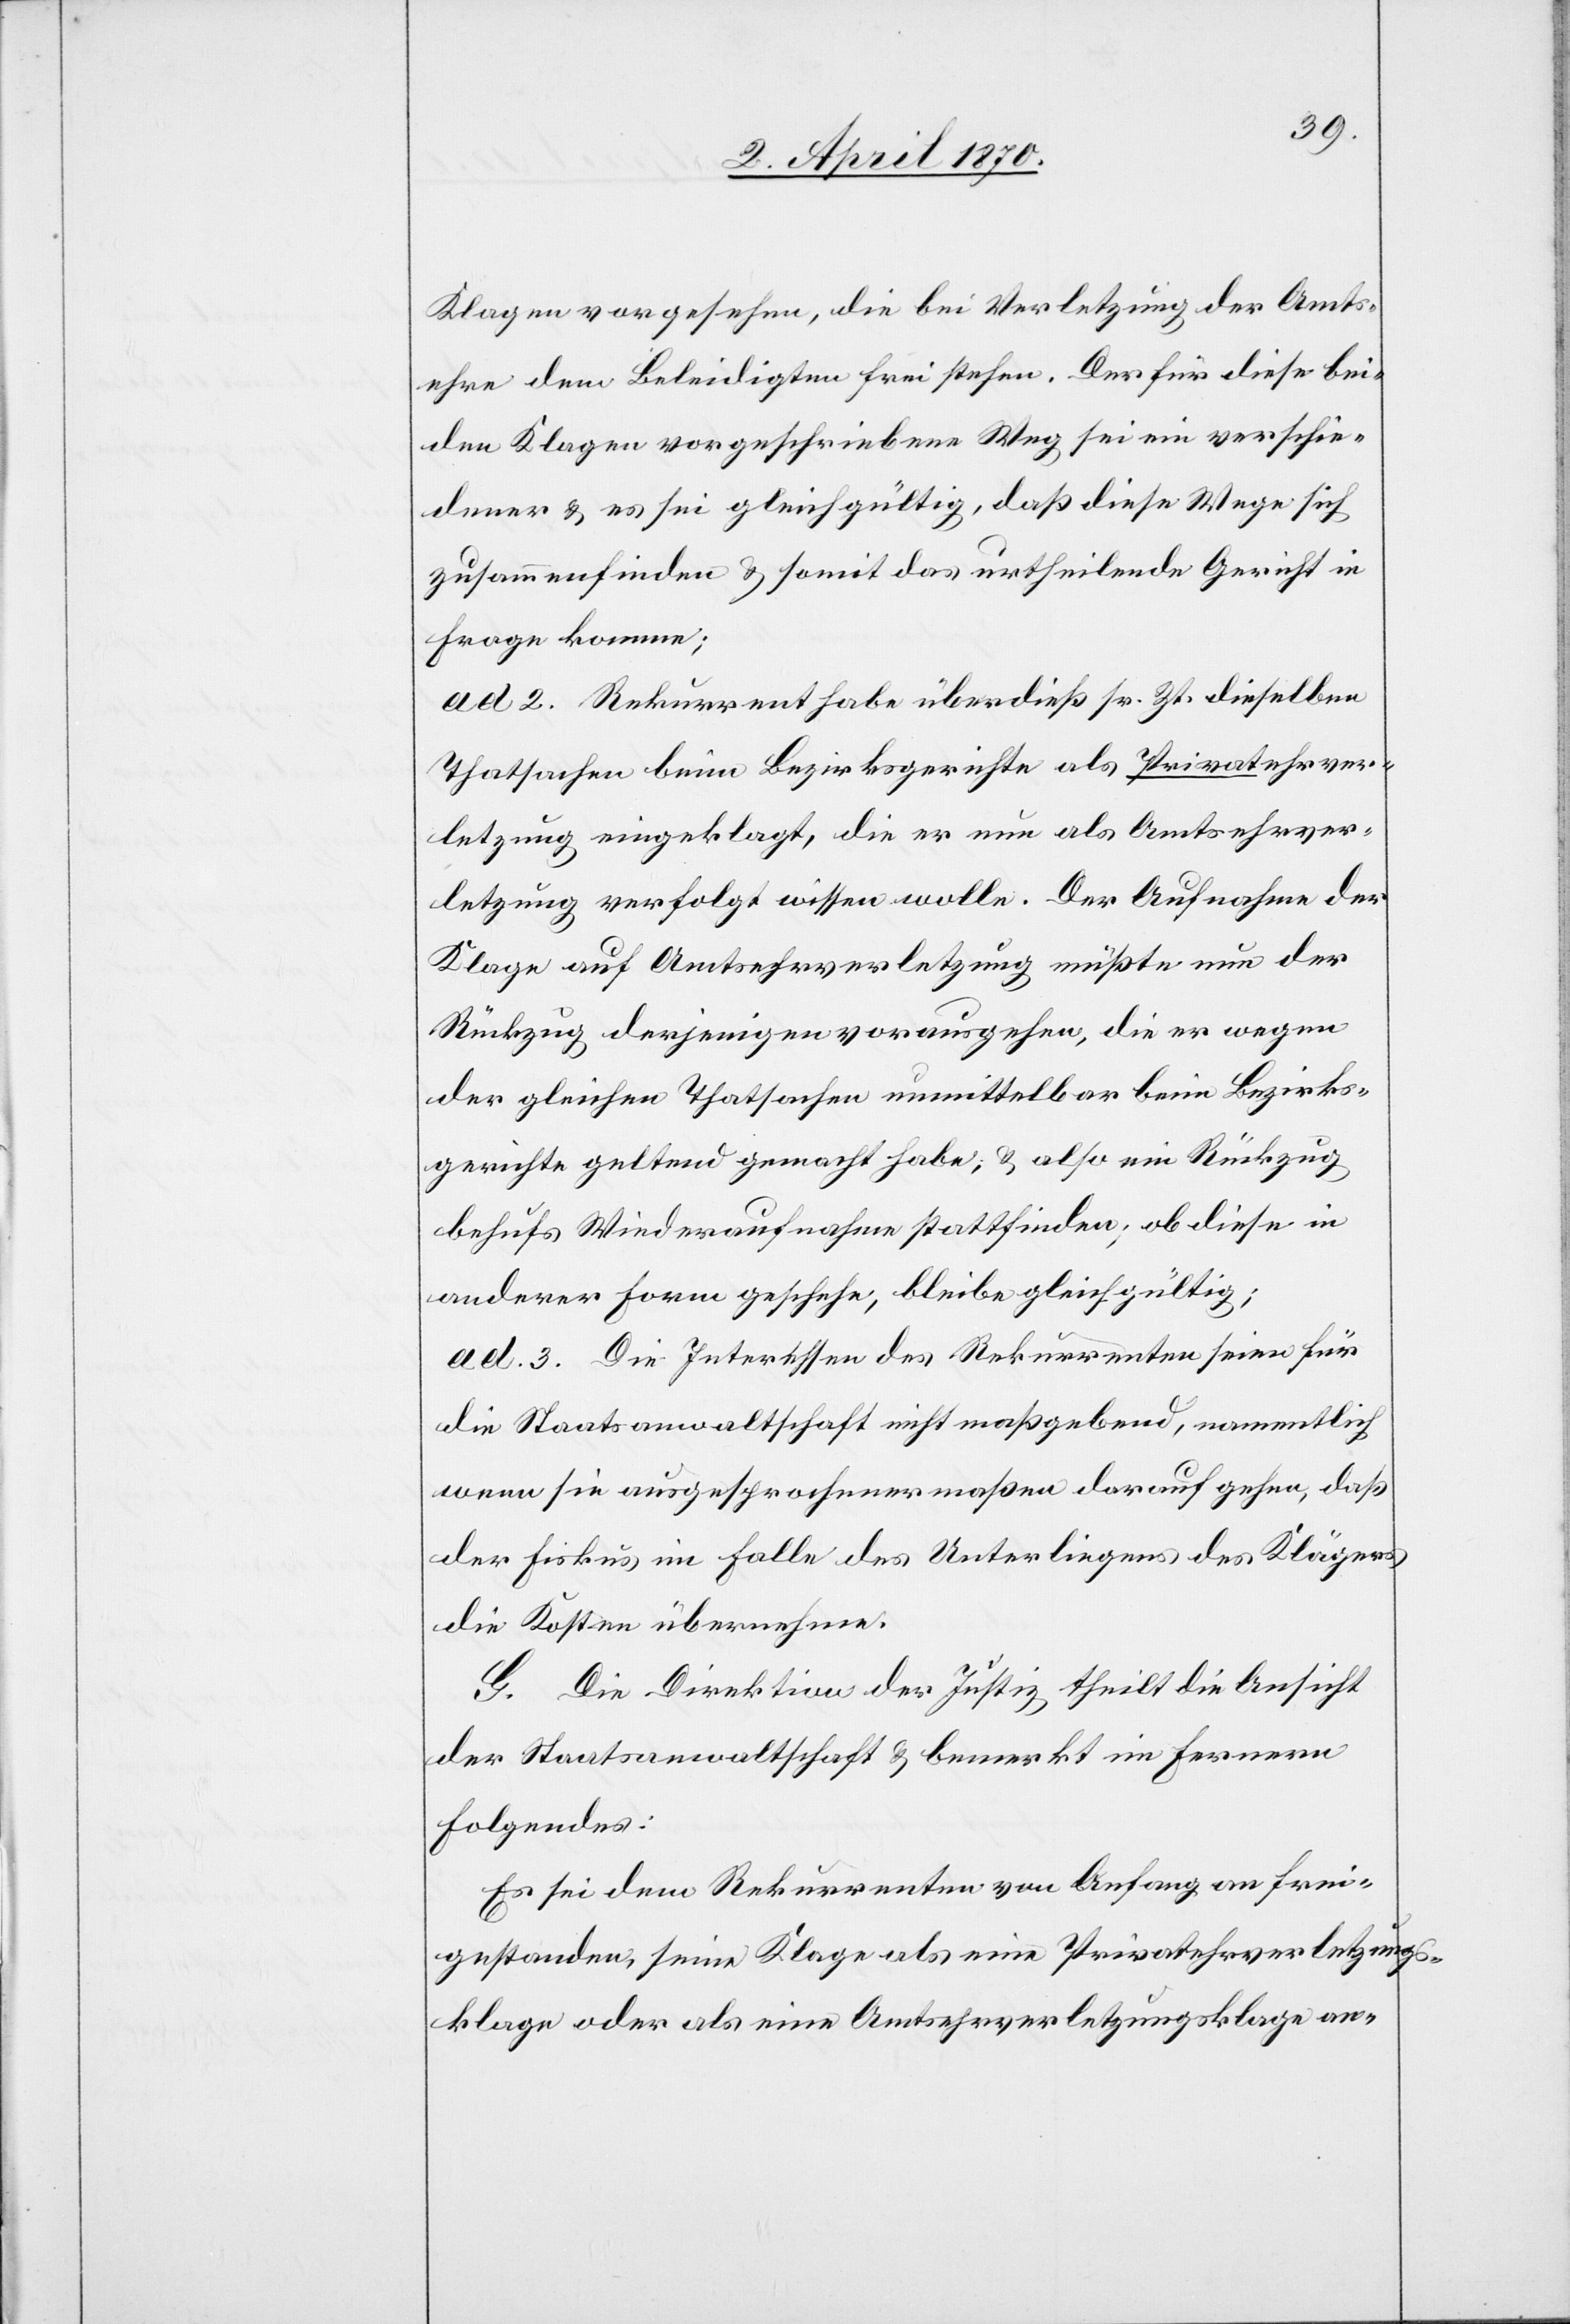
Klagen vorgesehen, die bei Verletzung der Amts¬
ehre dem Beleidigten freistehen. Der für diese bei¬
den Klagen vorgeschriebene Weg sei ein verschie¬
dener & es sei gleichgültig, daß diese Wege sich
zusammenfinden & somit das urtheilende Gericht in
Frage komme;
ad 2. Rekurrent habe überdieß sr. Zt. dieselben
Thatsachen beim Bezirksgerichte als Privatehrver¬
letzung eingeklagt, die er nun als Amtsehrver¬
letzung verfolgt wissen wolle. Der Aufnahme der
Klage auf Amtsehrverletzung müßte nun der
Rückzug derjenigen vorausgehen, die er wegen
der gleichen Thatsachen unmittelbar beim Bezirks¬
gerichte geltend gemacht habe, & also ein Rückzug
behufs Wiederaufnahme sattfinden; ob diese in
anderer Form geschehe, bleibe gleichgültig;
ad 3. die Interessen des Rekurrenten seien für
die Staatsanwaltschaft nicht maßgebend, namentlich
wenn sie ausgesprochenermaßen darauf gehen, daß
der Fiskus im Falle des Unterliegens des Klägers
die Kosten übernehme.
G. Die Direktion der Justiz theilt die Ansicht
der Staatsanwaltschaft & bemerkt im Fernern
Folgendes:
Es sei dem Rekurrenten von Anfang an frei¬
gestanden, seine Klage als eine Privatehrverletzungs¬
klage oder als eine Amtsehrverletzungsklage an-